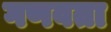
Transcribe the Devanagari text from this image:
गणवता